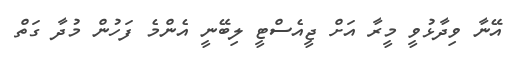
އޭނާ ވިދާޅުވީ މީރާ އަށް ޖީއެސްޓީ ލިބޭނީ އެންމެ ފަހުން މުދާ ގަތް